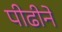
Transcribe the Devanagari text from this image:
पीढीने